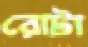
রোটা